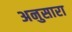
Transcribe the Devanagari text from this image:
अनुसारा